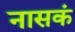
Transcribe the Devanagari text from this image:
नासकं